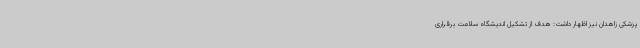
پزشکی زاهدان نیز اظهار داشت: هدف از تشکیل اندیشگاه سلامت برقراری